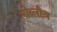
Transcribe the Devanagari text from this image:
लोब्लौज़